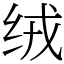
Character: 绒